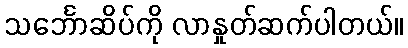
သင်္ဘောဆိပ်ကို လာနှုတ်ဆက်ပါတယ်။